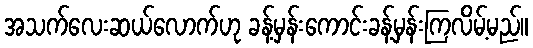
အသက်လေးဆယ်လောက်ဟု ခန့်မှန်းကောင်းခန့်မှန်းကြလိမ့်မည်။